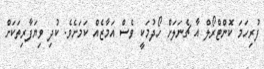
ފުރިހަމަ ކޮންޓްރޯލް އާ ޗެނަލަށް ހޯދުމަކީ ވެސް އަމާޒެއް ކަމަށެވެ. ކުދި ވިޔަފާރިތަކަށް